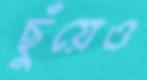
ছুঁয়েও